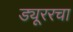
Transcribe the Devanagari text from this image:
ड्यूररचा